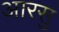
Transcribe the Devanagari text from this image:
आरसु